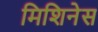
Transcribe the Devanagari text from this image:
मिशिनेस